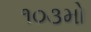
૧૦૩મો